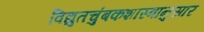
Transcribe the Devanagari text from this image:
विद्युतचुंबकशास्त्रानुसार